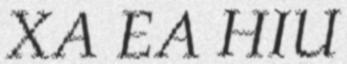
XÃ EA HIU